Document type: Sale
Year: 1235
Scribe: Pere de Bages
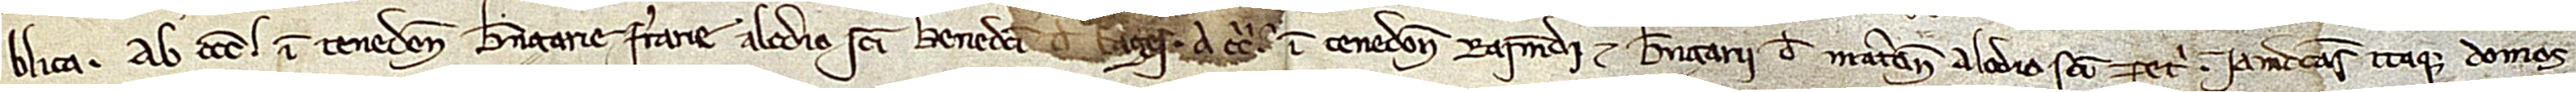
blica; ab occidente in tenedone Berengarie Ferrarie, alodio Sancti Benedicti de Bages; a circio in tenedone Raimundi et Berengarii de Matarone, alodio Sancti Petri. Iamdictas itaque domos,